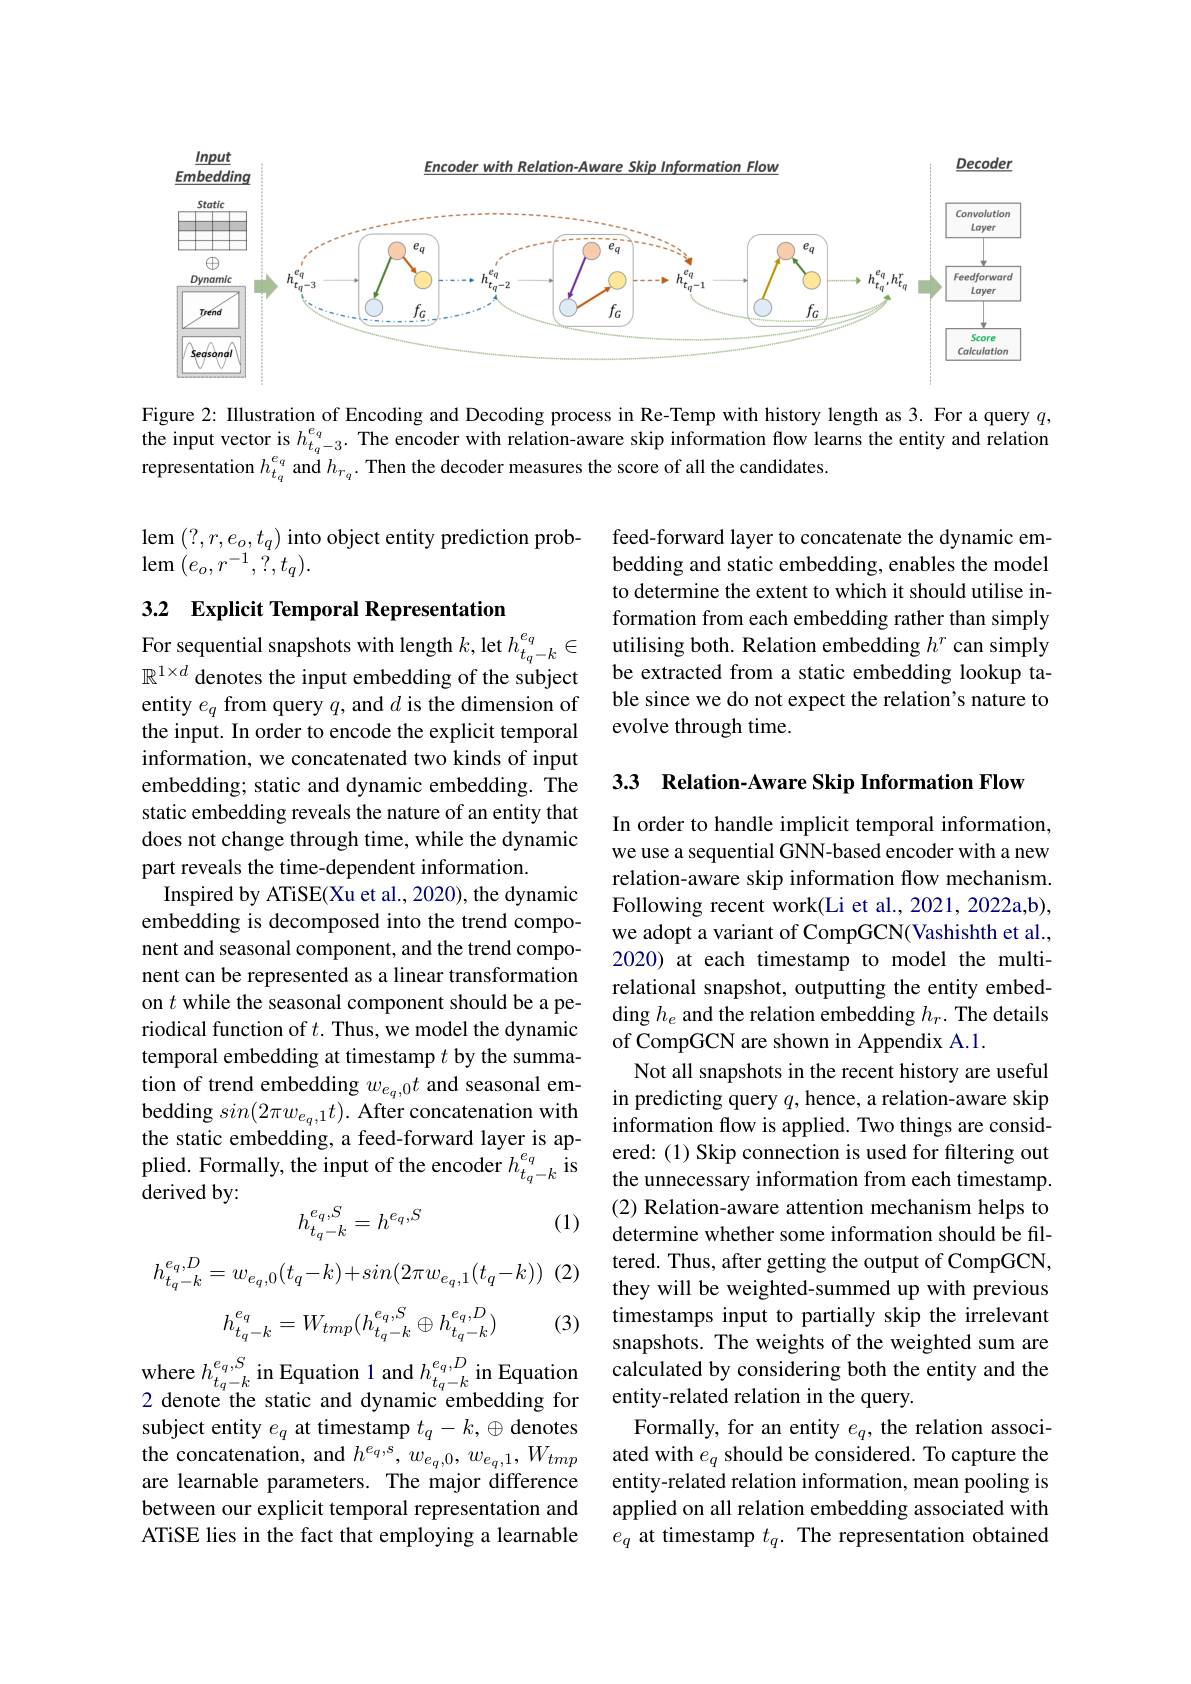
Input
<FigureHere>

Figure 2: Illustration of Encoding and Decoding process in Re-Temp with history length as 3. For a query $q$, the input vector is $h_t_{q-3}^{e_q}.$ The encoder with relation-aware skip information flow learns the entity and relation representation $h_{t_q}^{e_q}$ and $h_{r_q}.$ Then the decoder measures the score of all the candidates.

lem $(?,r,e_{o},t_{q})$ into object entity prediction prob-
$\operatorname{lem}\left(e_{o},r^{-1},\:\dot{?},t_{q}\right).$

### 3.2 Explicit Temporal Representation

feed-forward layer to concatenate the dynamic embedding and static embedding, enables the model to determine the extent to which it should utilise information from each embedding rather than simply
For sequential snapshots with length $k$,let $h_{t_q- k}^{e_q}\in$utilising both. Relation embedding $h^r$ can simply $\mathbb{R} ^{1\times d}$ denotes the input embedding of the subjectbe extracted from a static embedding lookup ta- Ar
ble since we do not expect the relation's nature to
evolve through time.

33 Relation-Aware Skip Information Flow

entity $e_q$ from query $q$,and $d$ is the dimension of the input. In order to encode the explicit temporal information, we concatenated two kinds of input embedding; static and dynamic embedding. The static embedding reveals the nature of an entity that does not change through time, while the dynamic part reveals the time-dependent information.
Inspired by ATiSE(Xu et al., 2020), the dynamic embedding is decomposed into the trend component and seasonal component, and the trend component can be represented as a linear transformation on $t$ while the seasonal component should be a periodical function of $t.$ Thus, we model the dynamic temporal embedding at timestamp $t$ by the summation of trend embedding $w_{e_q,0}t$ and seasonal embedding $sin(2\pi w_{e_{q},1}t).$ After concatenation with the static embedding, a feed-forward layer is ap- $\begin{array}{l}{\mathrm{plied.~Formally,~the~input~of~the~encoder~}}\\{\mathrm{derived~by:}}\end{array}h_{t_q-k}^{e_q}$is
(1)
$$h_{t_{q}-k}^{e_{q},S}=h^{e_{q},S}$$
In order to handle implicit temporal information, we use a sequential GNN-based encoder with a new relation-aware skip information flow mechanism. Following recent work(Li et al., 2021, 2022a,b), we adopt a variant of CompGCN(Vashishth et al., 2020) at each timestamp to model the multirelational snapshot, outputting the entity embedding $h_e$ and the relation embedding $h_r.$ The details of CompGCN are shown in Appendix A.1.
Not all snapshots in the recent history are useful in predicting query $q$, hence, a relation-aware skip information flow is applied. Two things are considered: (1) Skip connection is used for filtering out the unnecessary information from each timestamp. (2) Relation-aware attention mechanism helps to determine whether some information should be filtered. Thus, after getting the output of CompGCN, they will be weighted-summed up with previous timestamps input to partially skip the irrelevant snapshots. The weights of the weighted sum are calculated by considering both the entity and the entity-related relation in the query.
Formally, for an entity $e_q$, the relation associated with $e_q$ should be considered. To capture the entity-related relation information, mean pooling is applied on all relation embedding associated with $e_q$ at timestamp $t_q.$ The representation obtained

(2)
$$h_{t_q-k}^{e_q,D}=w_{e_q,0}(t_q-k)+sin(2\pi w_{e_q,1}(t_q-k))$$
$$h_{t_q-k}^{e_q}=W_{tmp}(h_{t_q-k}^{e_q,S}\oplus h_{t_q-k}^{e_q,D})$$
(3)

where $h_t_{q-k}^{e_q,S}$ in Equation 1 and $h_t_{q-k}^{e_q,D}$in Equation 2 denote the static and dynamic embedding for subject entity $e_q$ at timestamp $t_q-k,\oplus$ denotes the concatenation, and $h^{e_{q},s},w_{e_{q},0},w_{e_{q},1},W_{tmp}$ are learnable parameters. The major difference between our explicit temporal representation and ATiSE lies in the fact that employing a learnable